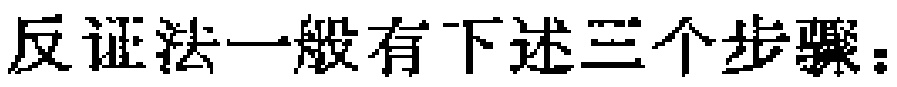
反证法一般有下述三个步骤：